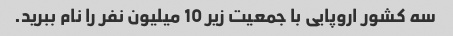
سه کشور اروپایی با جمعیت زیر 10 میلیون نفر را نام ببرید.